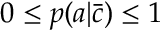
0 \leq p ( a | \bar { c } ) \leq 1